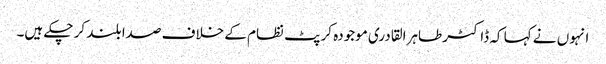
انہوں نے کہا کہ ڈاکٹر طاہرالقادری موجودہ کرپٹ نظام کے خلاف صدا بلند کر چکے ہیں۔